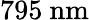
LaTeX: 795~\mathrm{nm}